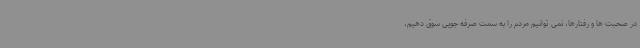
در صحبت ها و رفتارها، نمی توانیم مردم را به سمت صرفه جویی سوق دهیم،